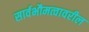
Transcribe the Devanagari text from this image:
सार्वभौमत्वावरील